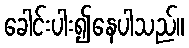
ခေါင်းပါး၍နေပါသည်။